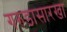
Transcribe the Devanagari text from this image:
गरुडासारखा